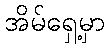
အိမ်ရှေ့မှာ